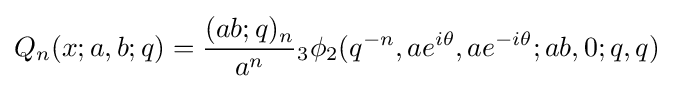
Q_{n}(x;a,b;q)={\frac {(ab;q)_{n}}{a^{n}}}{}_{3}\phi _{2}(q^{-n},ae^{i\theta },ae^{-i\theta };ab,0;q,q)